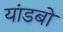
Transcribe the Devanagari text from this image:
यांडबो